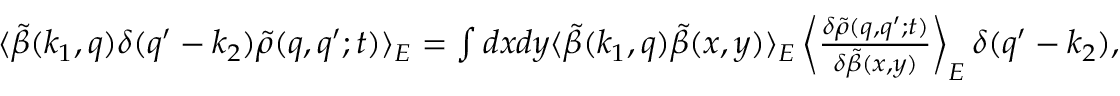
\begin{array} { r } { \langle \tilde { \beta } ( k _ { 1 } , q ) \delta ( q ^ { \prime } - k _ { 2 } ) \tilde { \rho } ( q , q ^ { \prime } ; t ) \rangle _ { E } = \int d x d y \langle \tilde { \beta } ( k _ { 1 } , q ) \tilde { \beta } ( x , y ) \rangle _ { E } \left\langle \frac { \delta \tilde { \rho } ( q , q ^ { \prime } ; t ) } { \delta \tilde { \beta } ( x , y ) } \right\rangle _ { E } \delta ( q ^ { \prime } - k _ { 2 } ) , } \end{array}